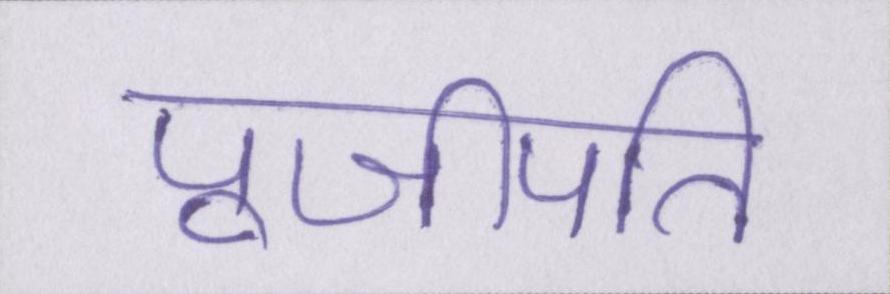
पूजीपति